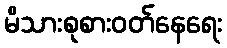
မိသားစုစားဝတ်နေရေး